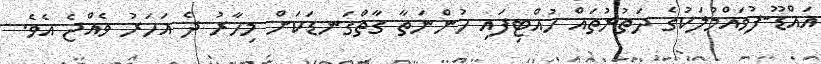
އައްޑޫ-ފުވައްމުލަކުގެ ދަތުރުތައް ހުއްޓިފައި ހުންނަތާ ގާތްގަނޑަކަށް މިހާރު ދެ އަހަރު ވެއްޖެ އެވެ.